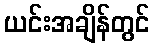
ယင်းအချိန်တွင်